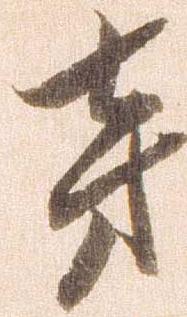
旁